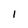
Character: 1